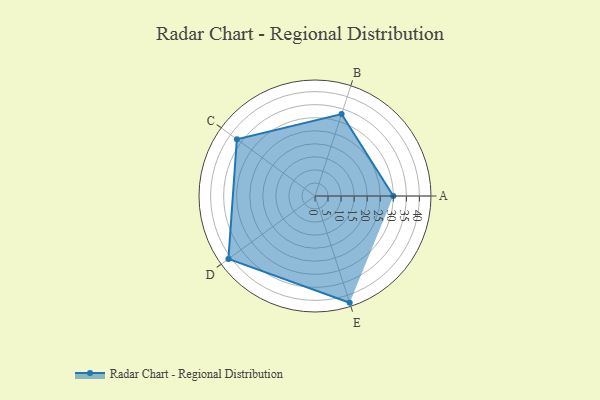
{"axis": {"x": "Skill", "y": "Score"}, "legend": ["Profile"], "data": [{"x": "A", "y": 30.0, "type": "Profile"}, {"x": "B", "y": 33.0, "type": "Profile"}, {"x": "C", "y": 37.0, "type": "Profile"}, {"x": "D", "y": 41.0, "type": "Profile"}, {"x": "E", "y": 43.0, "type": "Profile"}]}